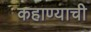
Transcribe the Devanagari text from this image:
कहाण्याची